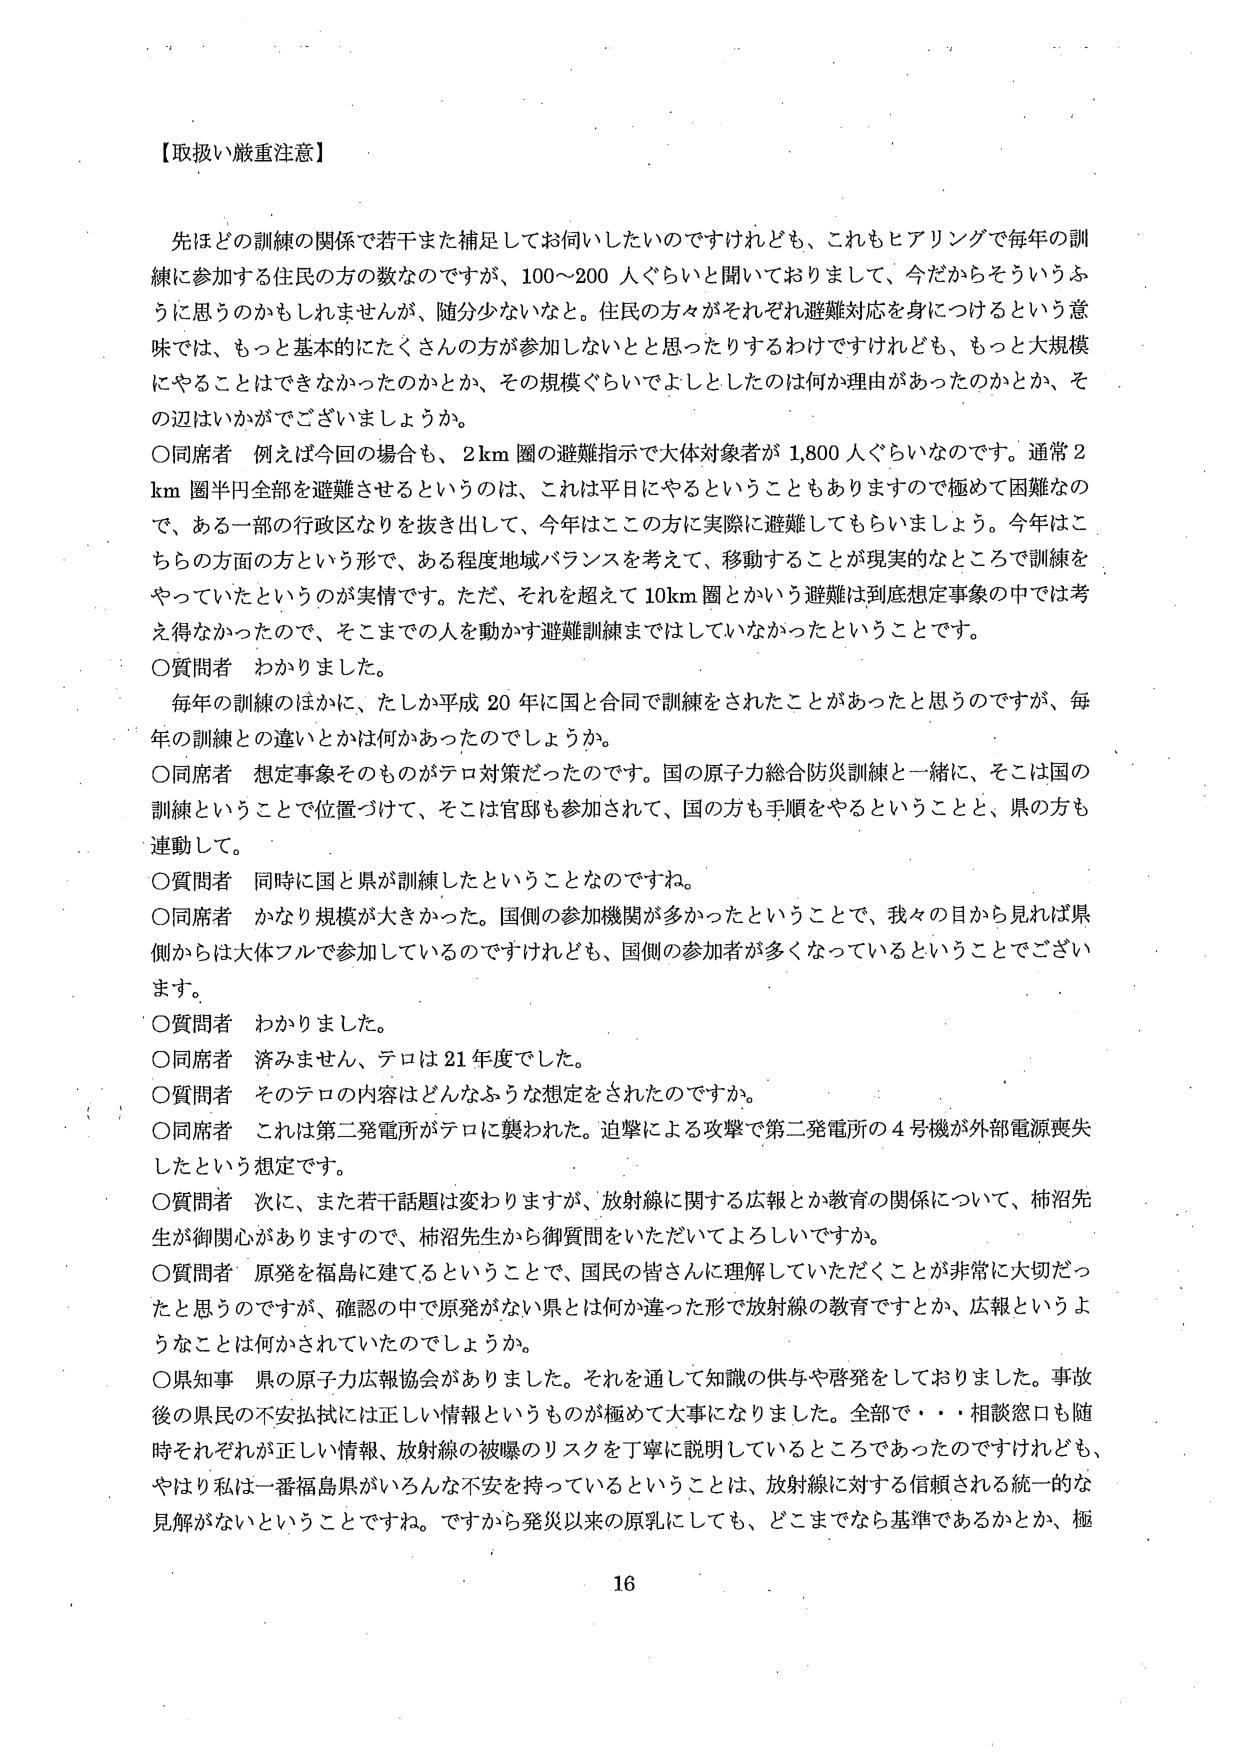
【取扱い厳重注意】

先ほどの訓練の関係で若干また補足してお伺いしたいのですが、これもヒアリングで毎年の訓練に参加する住民の方の数なのですが、100～200人ぐらいと聞いておりまして、今だからそういうふうに思うのかもしれませんが、随分少ないなと。住民の方々がそれぞれ避難対応を身につけるという意味では、もっと基本的にたくさんの方が参加しないとと思ったりするわけですが、もっと大規模にすることはできなかったのかとか、その規模ぐらいでよしとしたのは何か理由があったのかとか、その辺はいかがでしょうか。

○同席者　例えば今回の場合も、2km圏の避難指示で大体対象者が1,800人ぐらいなのです。通常2km圏半円全部を避難させるというのは、これは平日にやるということもありますので極めて困難なので、ある一部の行政区なりを抜き出して、今年はこの方に実際に避難してもらいましょう。今年はこちらの方面の方という形で、ある程度地域バランスを考えて、移動することが現実的なところで訓練をやっていたというのが実情です。ただ、それを超えて10km圏とかいう避難は到底想定事象の中では考え得なかったので、そこまでの人の人を動かす避難訓練まではしていなかったということです。

○質問者　わかりました。

毎年の訓練のほかに、たしか平成20年に国と合同で訓練をされたことがあったと思うのですが、毎年の訓練との違いとかは何かあったのでしょうか。

○同席者　想定事象そのものがテロ対策だったのです。国の原子力総合防災訓練と一緒に、そこは国の訓練ということで位置づけて、そこは官邸も参加されて、国の方も手順をやるということと、県の方も連動して。

○質問者　同時に国と県が訓練したということなのですね。

○同席者　かなり規模が大きかった。国側の参加機関が多かったということで、我々の目から見れば県側からは大体フルで参加しているのですけれども、国側の参加者が多くなっているということでございます。

○質問者　わかりました。

○同席者　済みません、テロは21年度でした。

○質問者　そのテロの内容はどんなふうな想定をされたのですか。

○同席者　これは第二発電所がテロに襲われた。迫撃による攻撃で第二発電所の4号機が外部電源喪失したという想定です。

○質問者　次に、また若干話題は変わりますが、放射線に関する広報とか教育の関係について、柿沼先生が御関心がありますので、柿沼先生から御質問をいただいてよろしいですか。

○質問者　原発を福島に建てるということで、国民の皆さんに理解していただくことが非常に大切だったと思うのですが、確認の中で原発がない県とは何か違った形で放射線の教育ですとか、広報というようなことは何かされていたのでしょうか。

○県知事　県の原子力広報協会がありました。それを通して知識の供与や啓発をしておりました。事故後の県民の不安払拭には正しい情報というものが極めて大事になりました。全部で・・・相談窓口も随時それぞれが正しい情報、放射線の被曝のリスクを丁寧に説明しているところであったのですけれども、やはり私は一番福島県がいろんな不安を持っているということは、放射線に対する信頼される統一的な見解がないということですね。ですから発災以来の原乳にしても、どこまでなら基準であるかとか、極

16